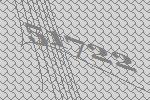
51722